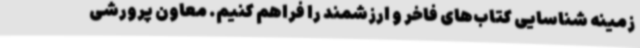
زمینه شناسایی کتاب‌های فاخر و ارزشمند را فراهم کنیم. معاون پرورشی